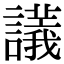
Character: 𧭖